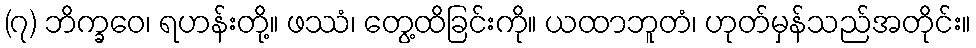
(၇) ဘိက္ခဝေ၊ ရဟန်းတို့။ ဖဿံ၊ တွေ့ထိခြင်းကို။ ယထာဘူတံ၊ ဟုတ်မှန်သည်အတိုင်း။